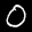
Label: 0